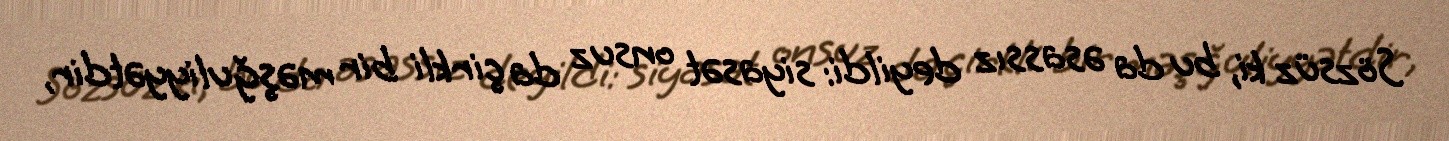
Sözsüz ki, bu da əsassız deyildi: siyasət onsuz da çirkli bir məşğuliyyətdir,